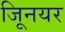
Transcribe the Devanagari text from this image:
जूिनयर